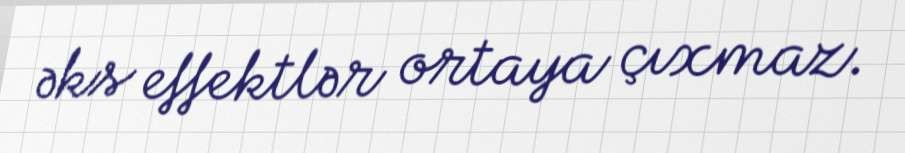
əks effektlər ortaya çıxmaz.